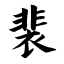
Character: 裴